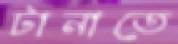
টানাতে